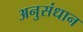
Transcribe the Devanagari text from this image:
अनुसंधान